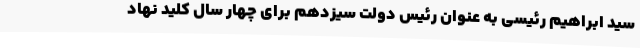
سید ابراهیم رئیسی به عنوان رئیس دولت سیزدهم برای چهار سال کلید نهاد